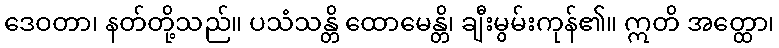
ဒေဝတာ၊ နတ်တို့သည်။ ပသံသန္တိ ထောမေန္တိ၊ ချီးမွမ်းကုန်၏။ ဣတိ အတ္ထော၊